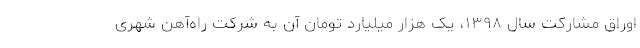
اوراق مشارکت سال ۱۳۹۸، یک هزار میلیارد تومان آن به شرکت راه‌آهن شهری